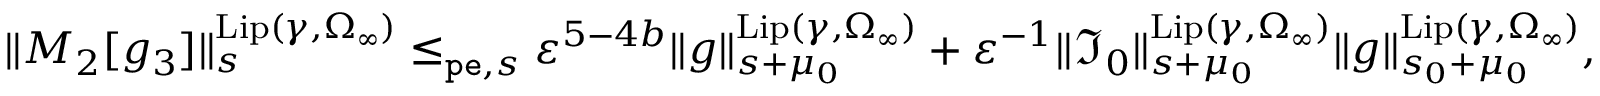
\begin{array} { r } { \rVert M _ { 2 } [ g _ { 3 } ] \rVert _ { s } ^ { \mathrm { L i p } ( \gamma , \Omega _ { \infty } ) } \le _ { \mathtt { p e } , s } \varepsilon ^ { 5 - 4 b } \rVert g \rVert _ { s + \mu _ { 0 } } ^ { \mathrm { L i p } ( \gamma , \Omega _ { \infty } ) } + \varepsilon ^ { - 1 } \rVert \mathfrak { I } _ { 0 } \rVert _ { s + \mu _ { 0 } } ^ { \mathrm { L i p } ( \gamma , \Omega _ { \infty } ) } \rVert g \rVert _ { s _ { 0 } + \mu _ { 0 } } ^ { \mathrm { L i p } ( \gamma , \Omega _ { \infty } ) } , } \end{array}